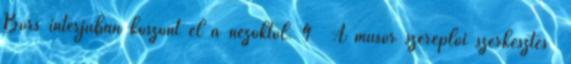
Bors interjúban köszönt el a nézőktől. 4 A műsor szereplői szerkesztés